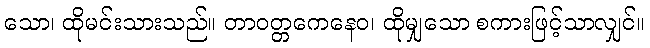
သော၊ ထိုမင်းသားသည်။ တာဝတ္တကေနေဝ၊ ထိုမျှသော စကားဖြင့်သာလျှင်။